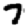
Digit: 7